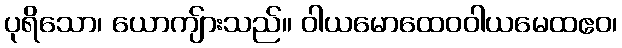
ပုရိသော၊ ယောကျ်ားသည်။ ဝါယမောထေဝဝါယမေထဧဝ၊